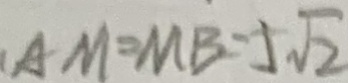
A M = M B = 5 \sqrt { 2 }